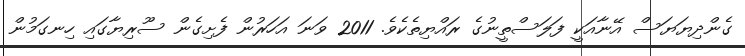
ގެންދިޔަޔަސް އޭނާއަކީ ފަލަސްތީނުގެ ރައްޔިތެކެވެ. 2011 ވަނަ އަހަރުން ފެށިގެން ސޫރިޔާގައި ހިނގަމުން